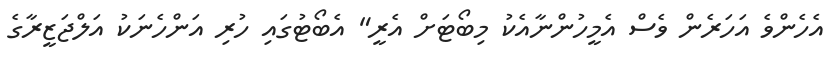
އެހެންވެ އަހަރެން ވެސް އެމީހުންނާއެކު މިބޯޓަށް އެރީ" އެބޯޓުގައި ހުރި އަންހެނަކު އަލްޖަޒީރާގެ